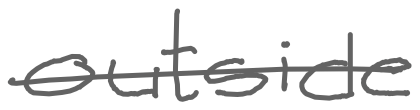
Text: outside
Cross-out: single-line
Writing tool: digital_gray